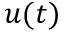
u ( t )